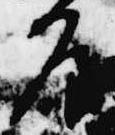
屋